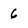
Character: 6